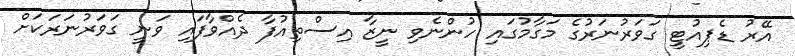
އޭރު ޑެޕިއުޓީ ގަވަރުނަރުގެ މަގާމުގައި ހުންނެވި ނީޒާ އިސްތިއުފާ ދެއްވާފައި ވަނީ ގަވަރުނަރަކަށް